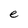
Character: e